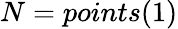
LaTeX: N=points(1)